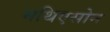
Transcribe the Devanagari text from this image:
मथिएसोन